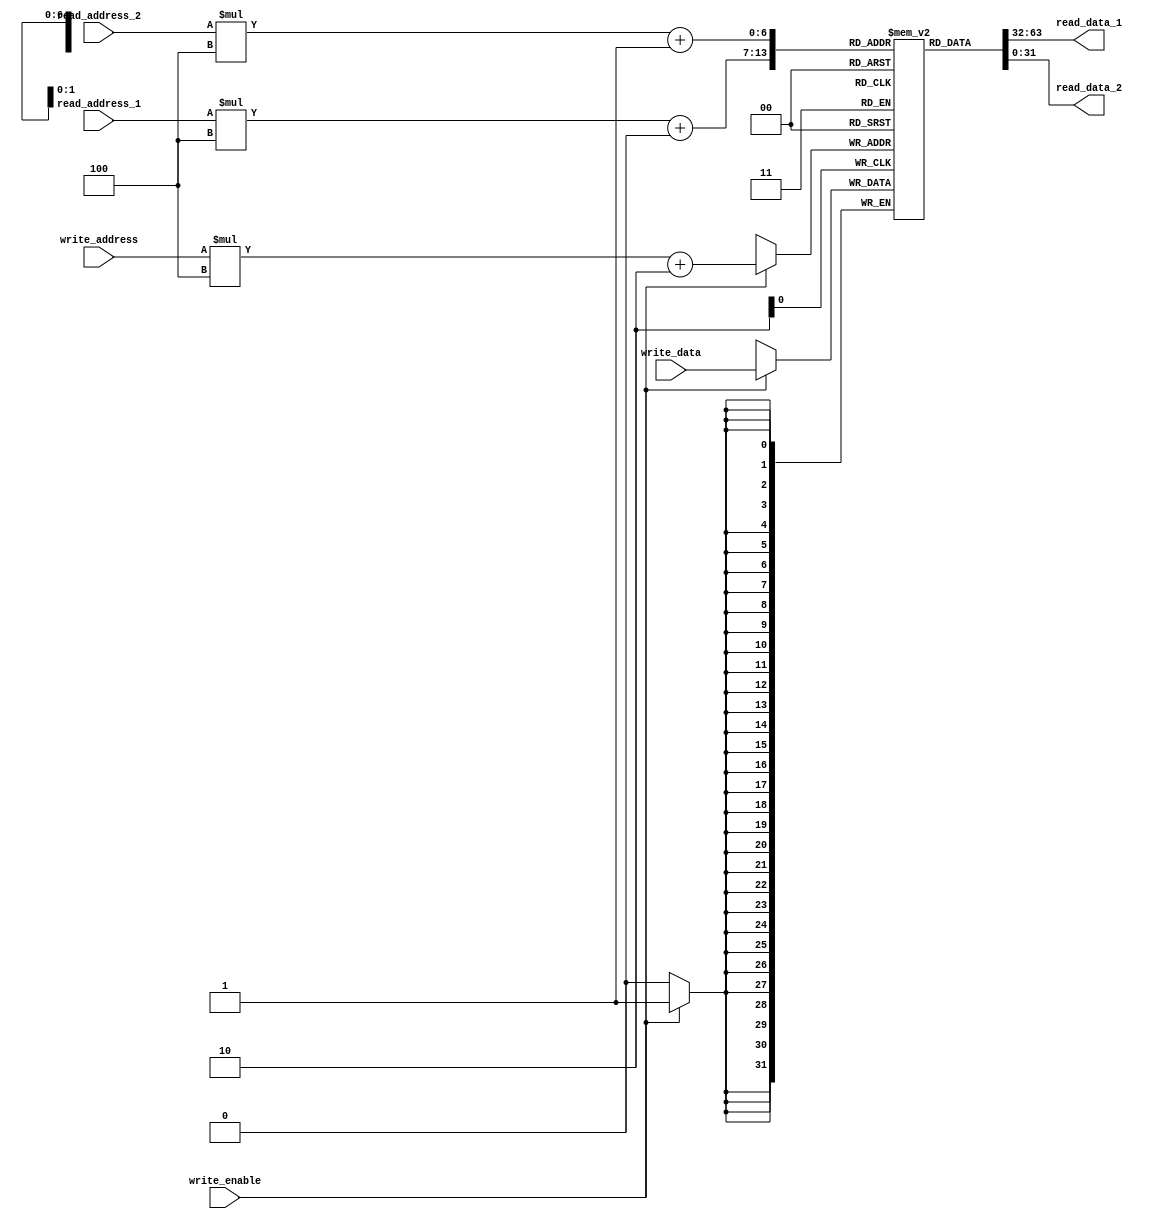
module register_file(input [4:0] read_address_1, input [4:0] read_address_2,
                        input [4:0] write_address,
                        input write_enable,
                        input [31:0] write_data,
                        output reg [31:0] read_data_1,
                        output reg [31:0] read_data_2);

    reg [31:0] memory[31:0][3:0]; // defining 32 registers with 4 read and write ports

    always @(*) begin
        read_data_1 = memory[read_address_1][0];
        read_data_2 = memory[read_address_2][1];
    end

    always @(posedge clk) begin
        if(write_enable) begin
            memory[write_address][2] <= write_data;
        end
    end

endmodule